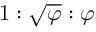
1 : { \sqrt { \varphi } } : \varphi